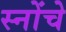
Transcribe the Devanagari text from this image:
स्नोंचे